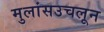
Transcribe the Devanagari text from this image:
मुलांसउचलून